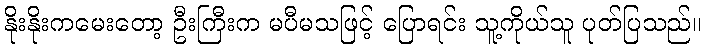
နိုးနိုးကမေးတော့ ဦးကြီးက မပီမသဖြင့် ပြောရင်း သူ့ကိုယ်သူ ပုတ်ပြသည်။